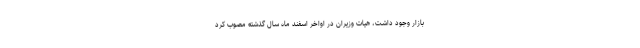
بازار وجود داشت، هیات وزیران در اواخر اسفند ماه سال گذشته مصوب کرد